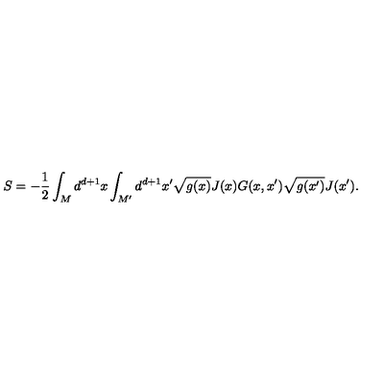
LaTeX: S = - \frac { 1 } { 2 } \int _ { M } d ^ { d + 1 } x \int _ { M ^ { \prime } } d ^ { d + 1 } x ^ { \prime } \sqrt { g ( x ) } J ( x ) G ( x , x ^ { \prime } ) \sqrt { g ( x ^ { \prime } ) } J ( x ^ { \prime } ) .